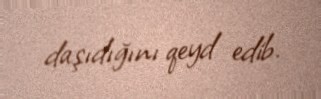
daşıdığını qeyd edib.